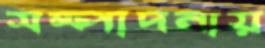
সম্পাদনায়